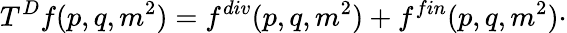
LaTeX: T^{D}f(p,q,m^{2})=f^{div}(p,q,m^{2})+f^{fin}(p,q,m^{2})\cdot